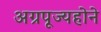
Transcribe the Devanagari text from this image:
अग्रपूज्यहोने